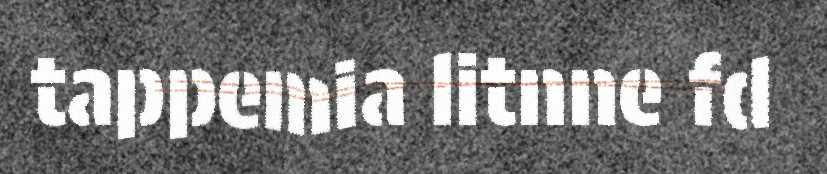
tappemia litnne fd